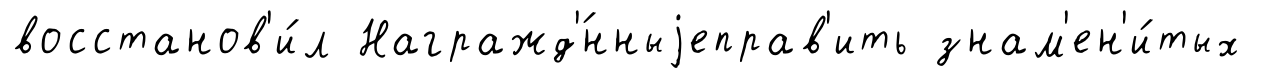
восстанов'и́л Награжд'́нныjеправ'ить знам'ен'и́тых